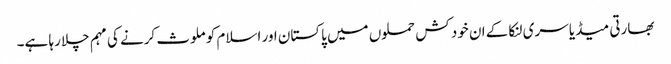
بھارتی میڈیا سری لنکا کے ان خود کش حملوں میں پاکستان اور اسلام کو ملوث کرنے کی مہم چلا رہا ہے۔